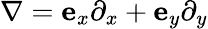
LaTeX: \nabla=\textbf{e}_{x}\partial_{x}+\textbf{e}_{y}\partial_{y}